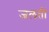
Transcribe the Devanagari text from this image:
जलतीं